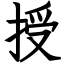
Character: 授